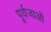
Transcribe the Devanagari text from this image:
पूर्वजाओं